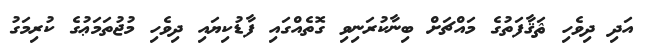
އަދި ދިވެހި ޘަޤާފަތުގެ މައްޗަށް ބިނާކުރަނިވި ގޮތެއްގައި ފާޑުކިޔައި ދިވެހި މުޖުތަމަޢުގެ ކުރިމަގު